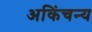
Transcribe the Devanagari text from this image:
अकिंचन्य